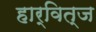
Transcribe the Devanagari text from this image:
हार्वित्ज